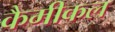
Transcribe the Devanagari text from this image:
कैमीकल